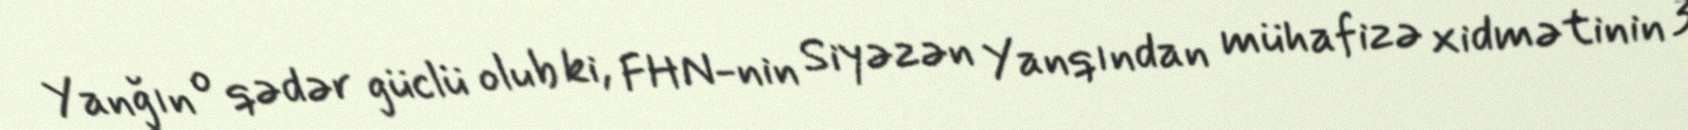
Yanğın o qədər güclü olub ki, FHN-nin Siyəzən Yanqından mühafizə xidmətinin 3